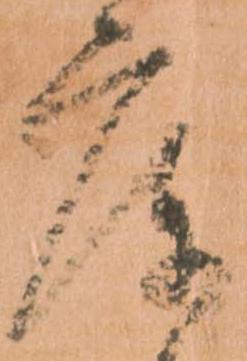
庫